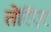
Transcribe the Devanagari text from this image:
तेर्रिएर